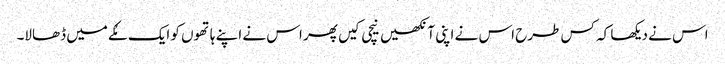
اس نے دیکھا کہ کس طرح اس نے اپنی آنکھیں نیچی کیں پھر اس نے اپنے ہاتھوں کو ایک مُکے میں ڈھالا۔